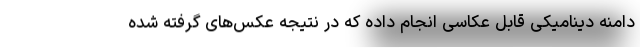
دامنه دینامیکی قابل عکاسی انجام داده که در نتیجه عکس‌های گرفته شده